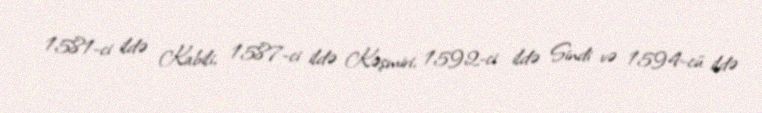
1581-ci ildə Kabili, 1587-ci ildə Kəşmiri, 1592-ci ildə Sindi və 1594-cü ildə